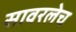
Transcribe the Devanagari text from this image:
सावरलेच